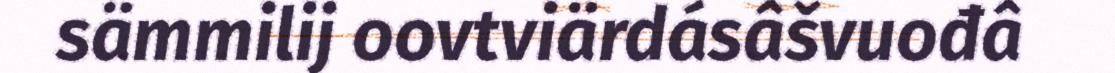
sämmilij oovtviärdásâšvuođâ